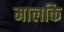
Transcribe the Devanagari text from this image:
मालकि